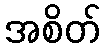
အစိတ်